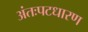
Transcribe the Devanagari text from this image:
अंतःपटधारण